Leaving Certificate Examination (including Day School Certificate (Higher) General paper), 1928
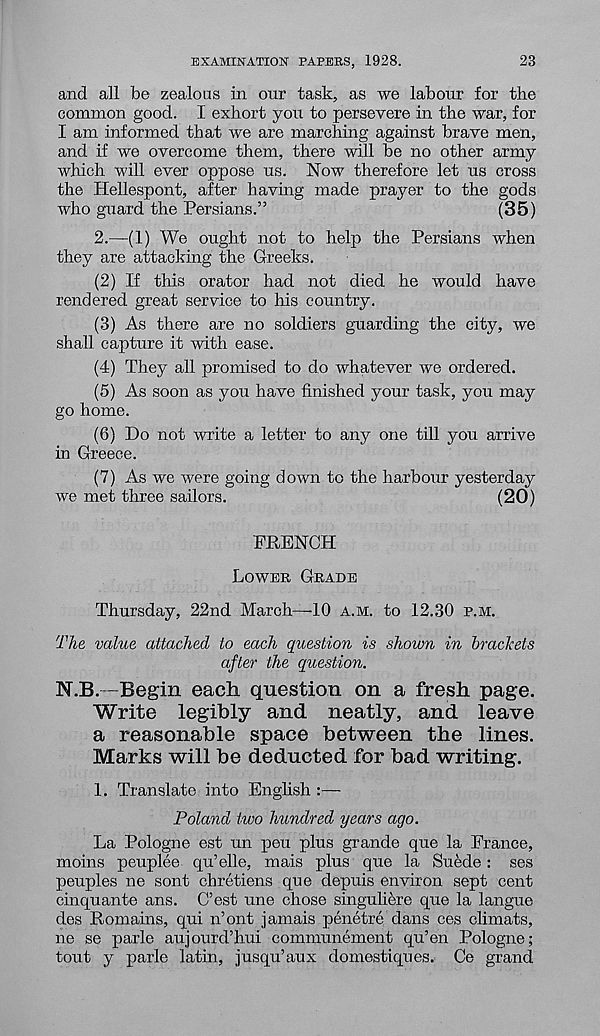
EXAMINATION PAPERS, 1928.
23
and all be zealous in our task, as we labour for the
common good. I exhort you to persevere in the war, for
I am informed that we are marching against brave men,
and if we overcome them, there will be no other army
which will ever oppose us. Now therefore let us cross
the Hellespont, after having made prayer to the gods
who guard the Persians.”
(35)
2.—(1) We ought not to help the Persians when
they are attacking the Greeks.
(2) If this orator had not died he would have
rendered great service to his country.
(3) As there are no soldiers guarding the city, we
shall capture it with ease.
(4) They all promised to do whatever we ordered.
(5) As soon as you have finished your task, you may
go home.
(6) Do not write a letter to any one till you arrive
in Greece.
(7) As we were going down to the harbour yesterday
we met three sailors.
(20)
FRENCH
LOWER GRADE
Thursday, 22nd March—-10 A.M. to 12.30 P.M.
The value attached to each question is shown in brackets
after the question.
N.B.—Begin each question on a fresh page.
Write legibly and. neatly, and leave
a reasonable space between the lines.
Marks will be deducted for bad writing.
1. Translate into English :—
Poland two hundred years ago.
La Pologne est un peu plus grande que la France,
moins peuplee qu’elle, mais plus que la Suede: ses
peuples ne sont chretiens que depuis environ sept cent
cinquante ans. C’est une chose singuliere que la langue
des Romains, qui n’ont jamais penetre dans ces climats,
ne se parle aujourd’hui communement qu’en Pologne;
tout y parle latin, jusqu’aux domestiques. Ce grand